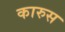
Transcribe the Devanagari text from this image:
कारुस